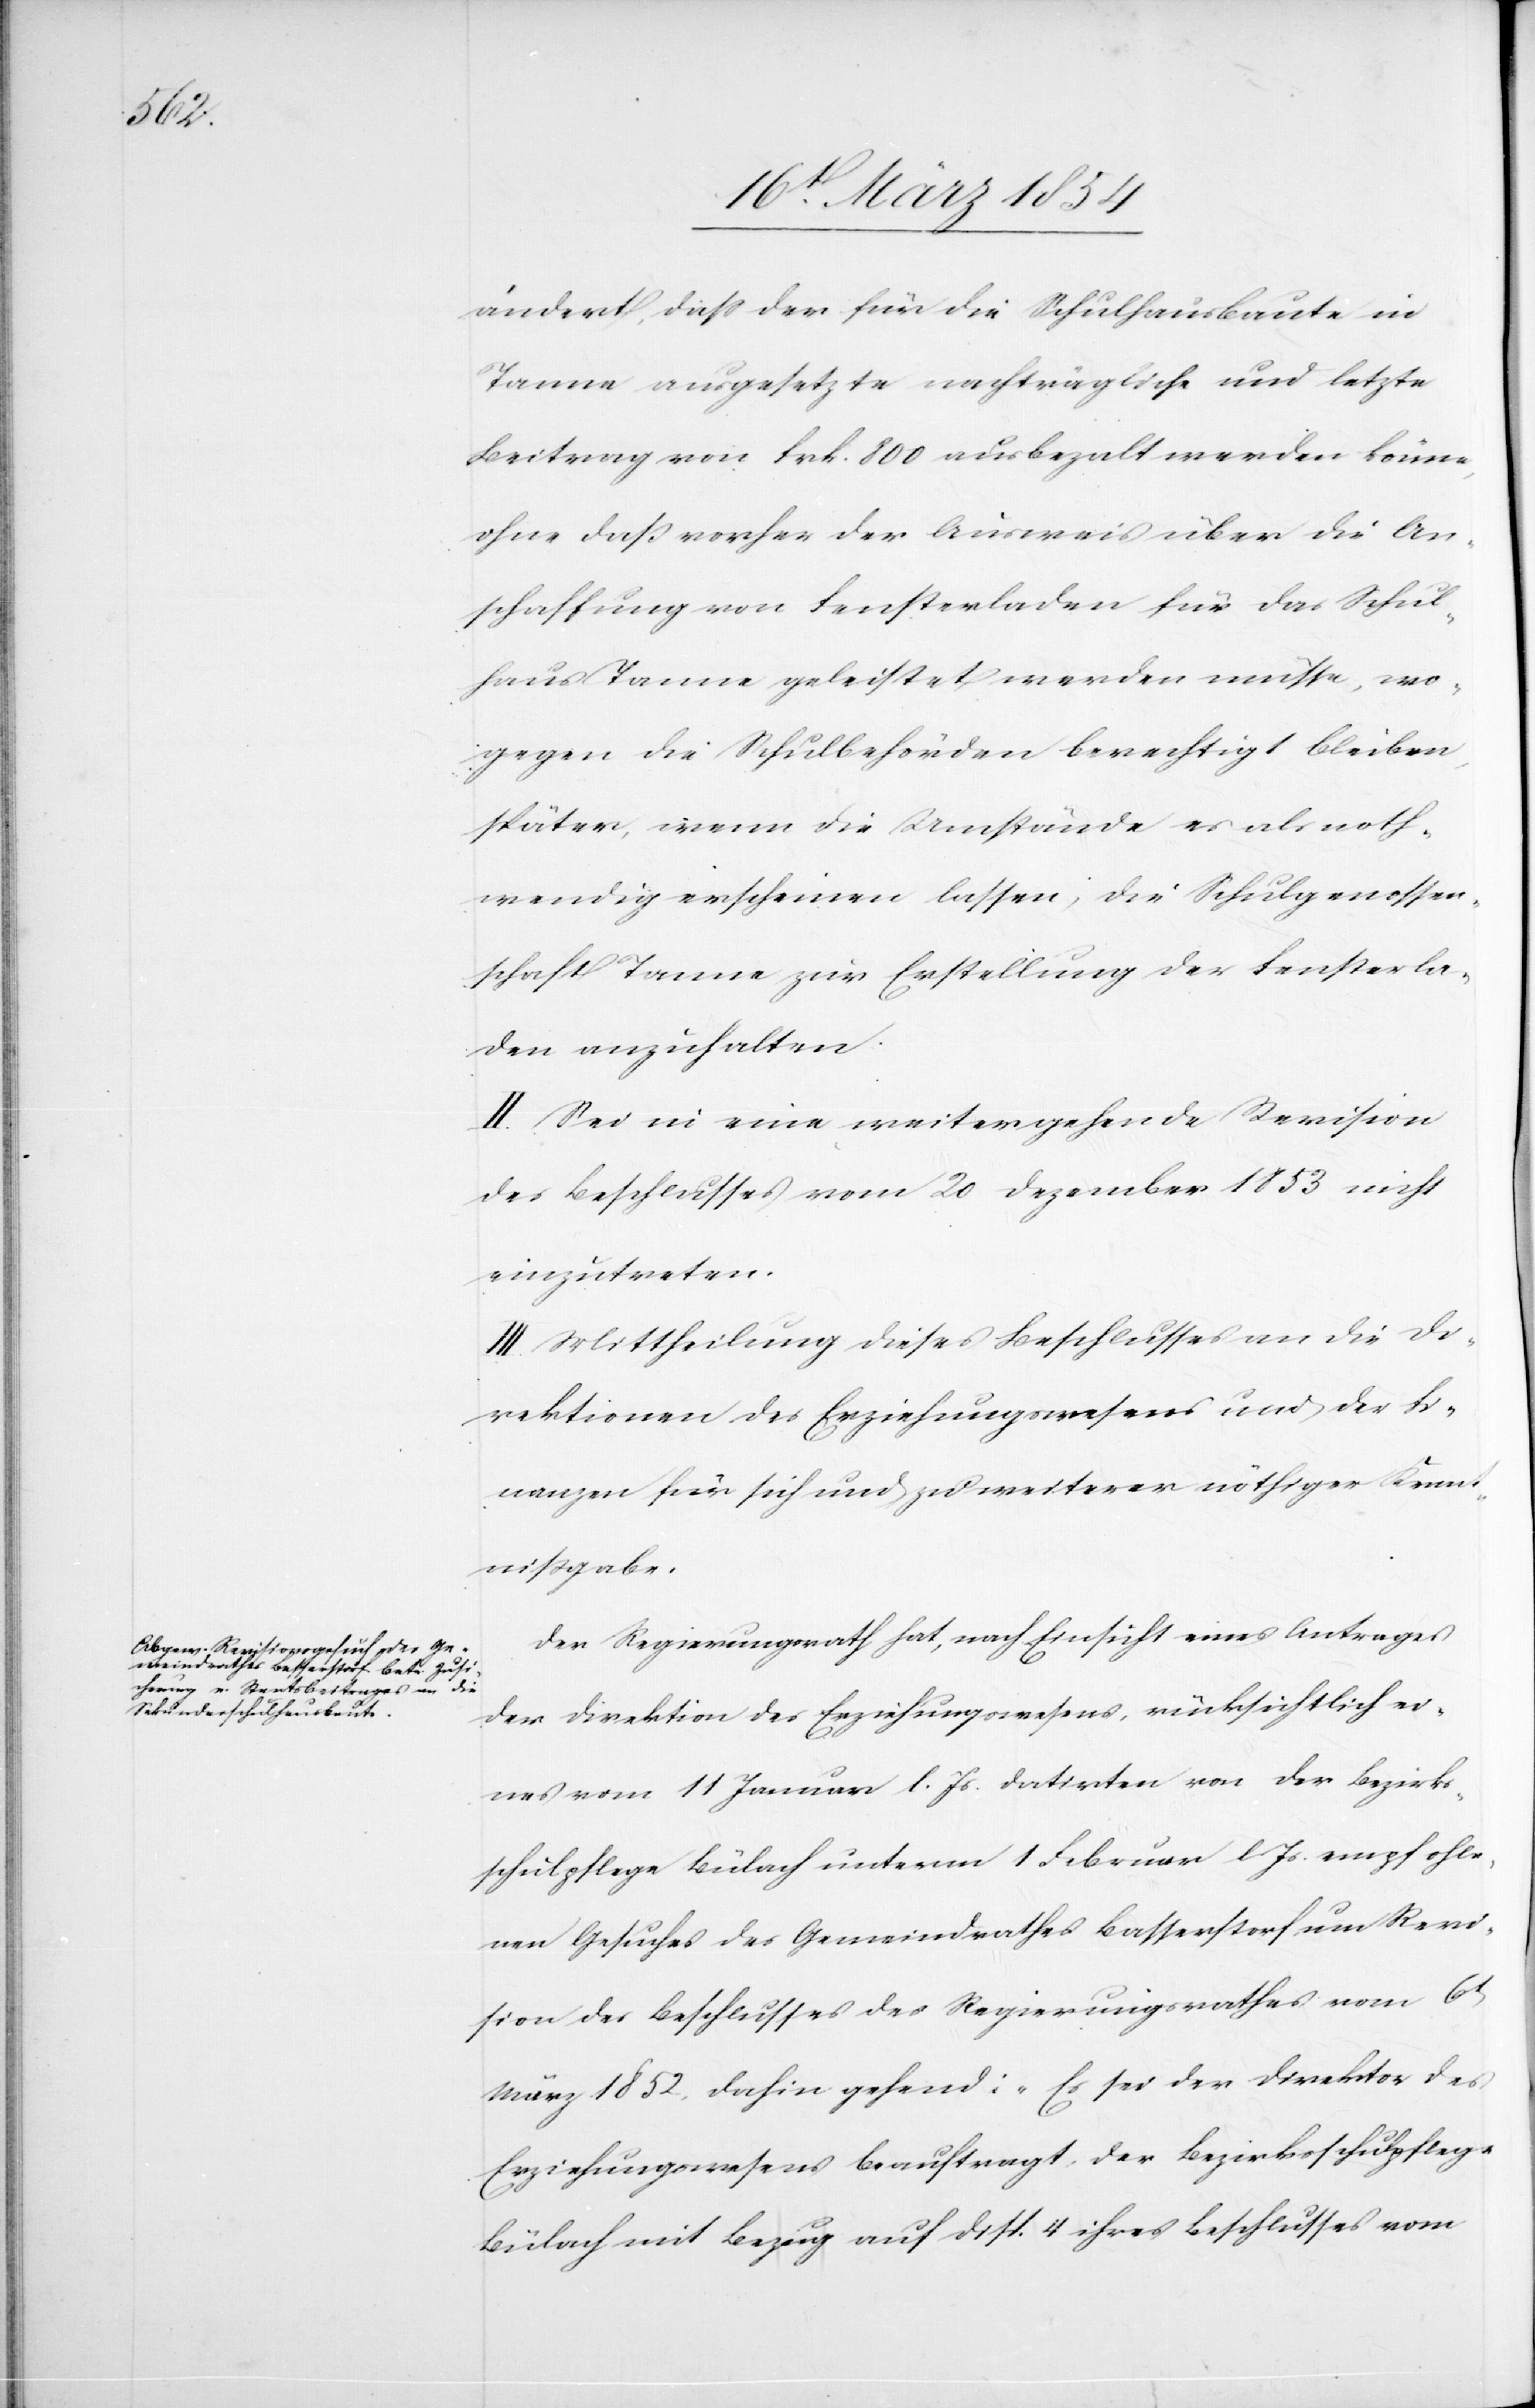
ändert, daß der für die Schulhausbaute in
Tanne ausgesetzte nachträgliche und letzte
Beitrag von Frk. 800 ausbezalt werden könne,
ohne daß vorher der Ausweis über die An¬
schaffung von Fensterladen für das Schul¬
haus Tanne geleistet werden müsse, wo¬
gegen die Schulbehörden berechtigt bleiben,
später, wenn die Umstände es als noth¬
wendig erscheinen lassen, die Schulgenossen¬
schaft Tanne zur Erstellung der Fensterla¬
den anzuhalten.
II. Sei in eine weitergehende Revision
des Beschlusses vom 20 Dezember 1853 nicht
einzutreten.
III. Mittheilung dieses Beschlusses an die Di¬
rektionen des Erziehungswesens und der Fi¬
nanzen für sich und zu weiterer nöthiger Kennt¬
nißgabe.
Der Regierungsrath hat, nach Einsicht eines Antrages
der Direktion des Erziehungswesens, rücksichtlich ei¬
nes vom 11 Januar l. Js. datirten von der Bezirks¬
schulpflege Bülach unterm 1 Februar l. Js. empfohle¬
nen Gesuches des Gemeindrathes Basserstorf um Revi¬
sion des Beschlusses des Regierungsrathes vom 6t
März 1852, dahin gehend: „Es sei der Direktor des
Erziehungswesens beauftragt, der Bezirksschulpflege
Bülach mit Bezug auf Displ. 4 ihres Beschlusses vom